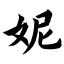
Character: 妮